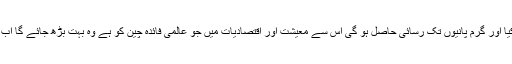
وزیراعظم نے پاکستان کے ساتھ چین کا بھی ذکر کیا جو بجا ہے چین نے بھی سب سوچ سمجھ کر کیا اور گرم پانیوں تک رسائی حاصل ہو گی اس سے معیشت اور اقتصادیات میں جو عالمی فائدہ چین کو ہے وہ بہت بڑھ جائے گا اب یہی سب سرد جنگ کا ذریعہ بن رہا ہے تو پاکستان کو بھی اپنے پتے ہوشیاری سے کھیلنا ہوں گے۔